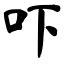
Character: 吓